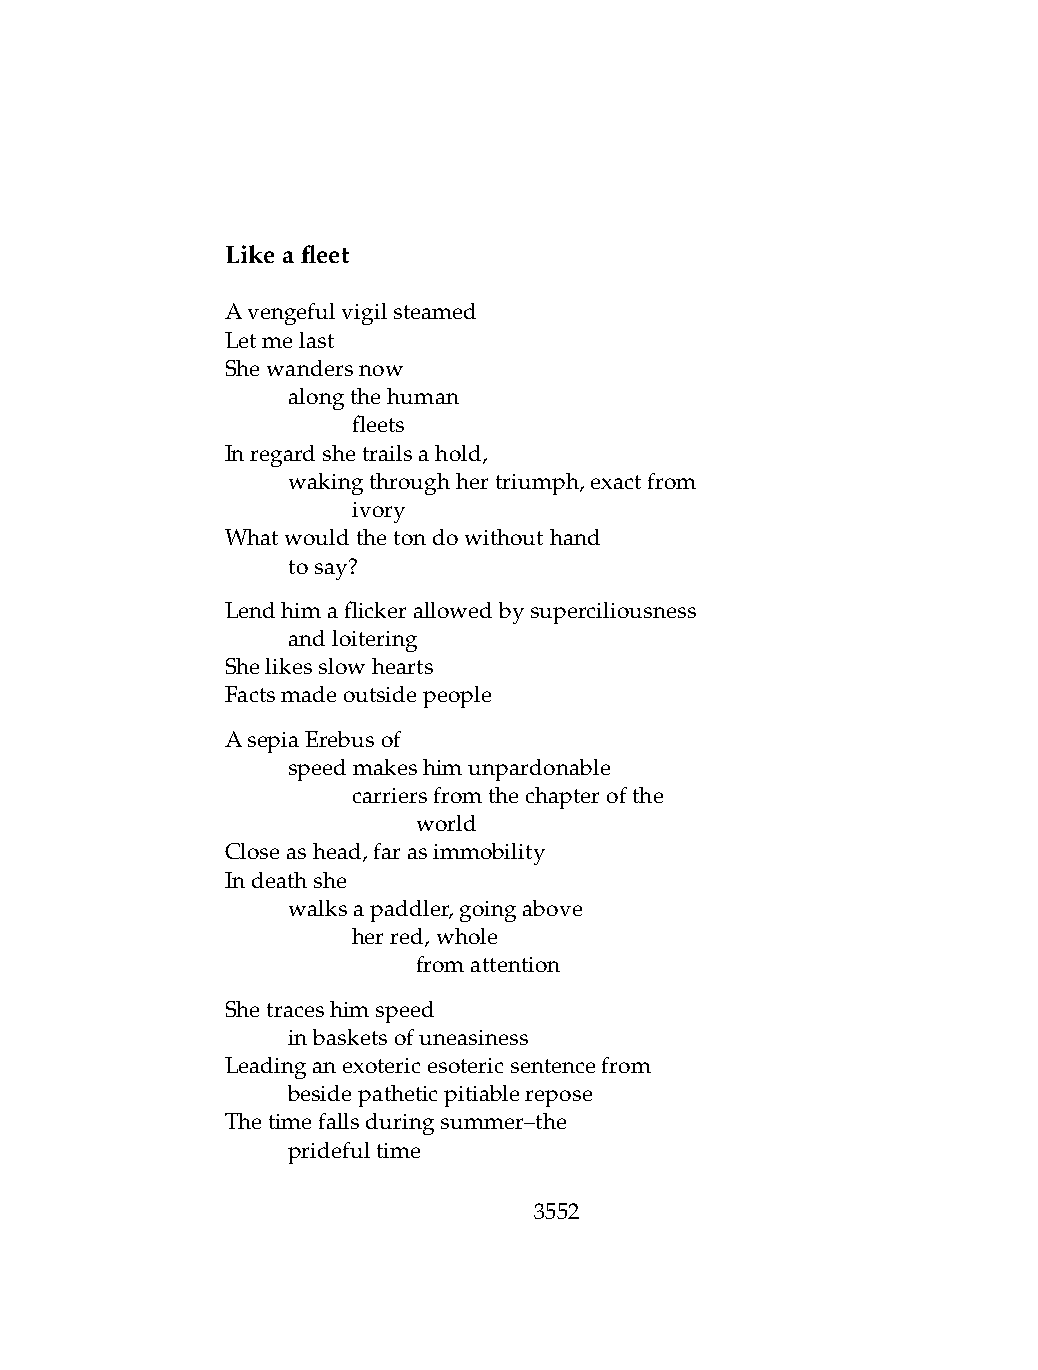
Likeafleet
 Avengefulvigilsteamed
 Letmelast
 Shewandersnow
 .   alongthehuman
 .   .   fleets
 Inregardshetrailsahold,
 .   wakingthroughhertriumph,exactfrom
 .   .   ivory
 Whatwouldthetondowithouthand
 .   tosay?
 Lendhimaflickerallowedbysuperciliousness
 .   andloitering
 Shelikesslowhearts
 Factsmadeoutsidepeople
 AsepiaErebusof
 .   speedmakeshimunpardonable
 .   .   carriersfromthechapterofthe
 .   .   .    world
 Closeashead,farasimmobility
 Indeathshe
 .   walksapaddler,goingabove
 .   .   herred,whole
 .   .   .    fromattention
 Shetraceshimspeed
 .   inbasketsofuneasiness
 Leadinganexotericesotericsentencefrom
 .   besidepatheticpitiablerepose
 Thetimefallsduringsummer–the
 .   pridefultime
 3552